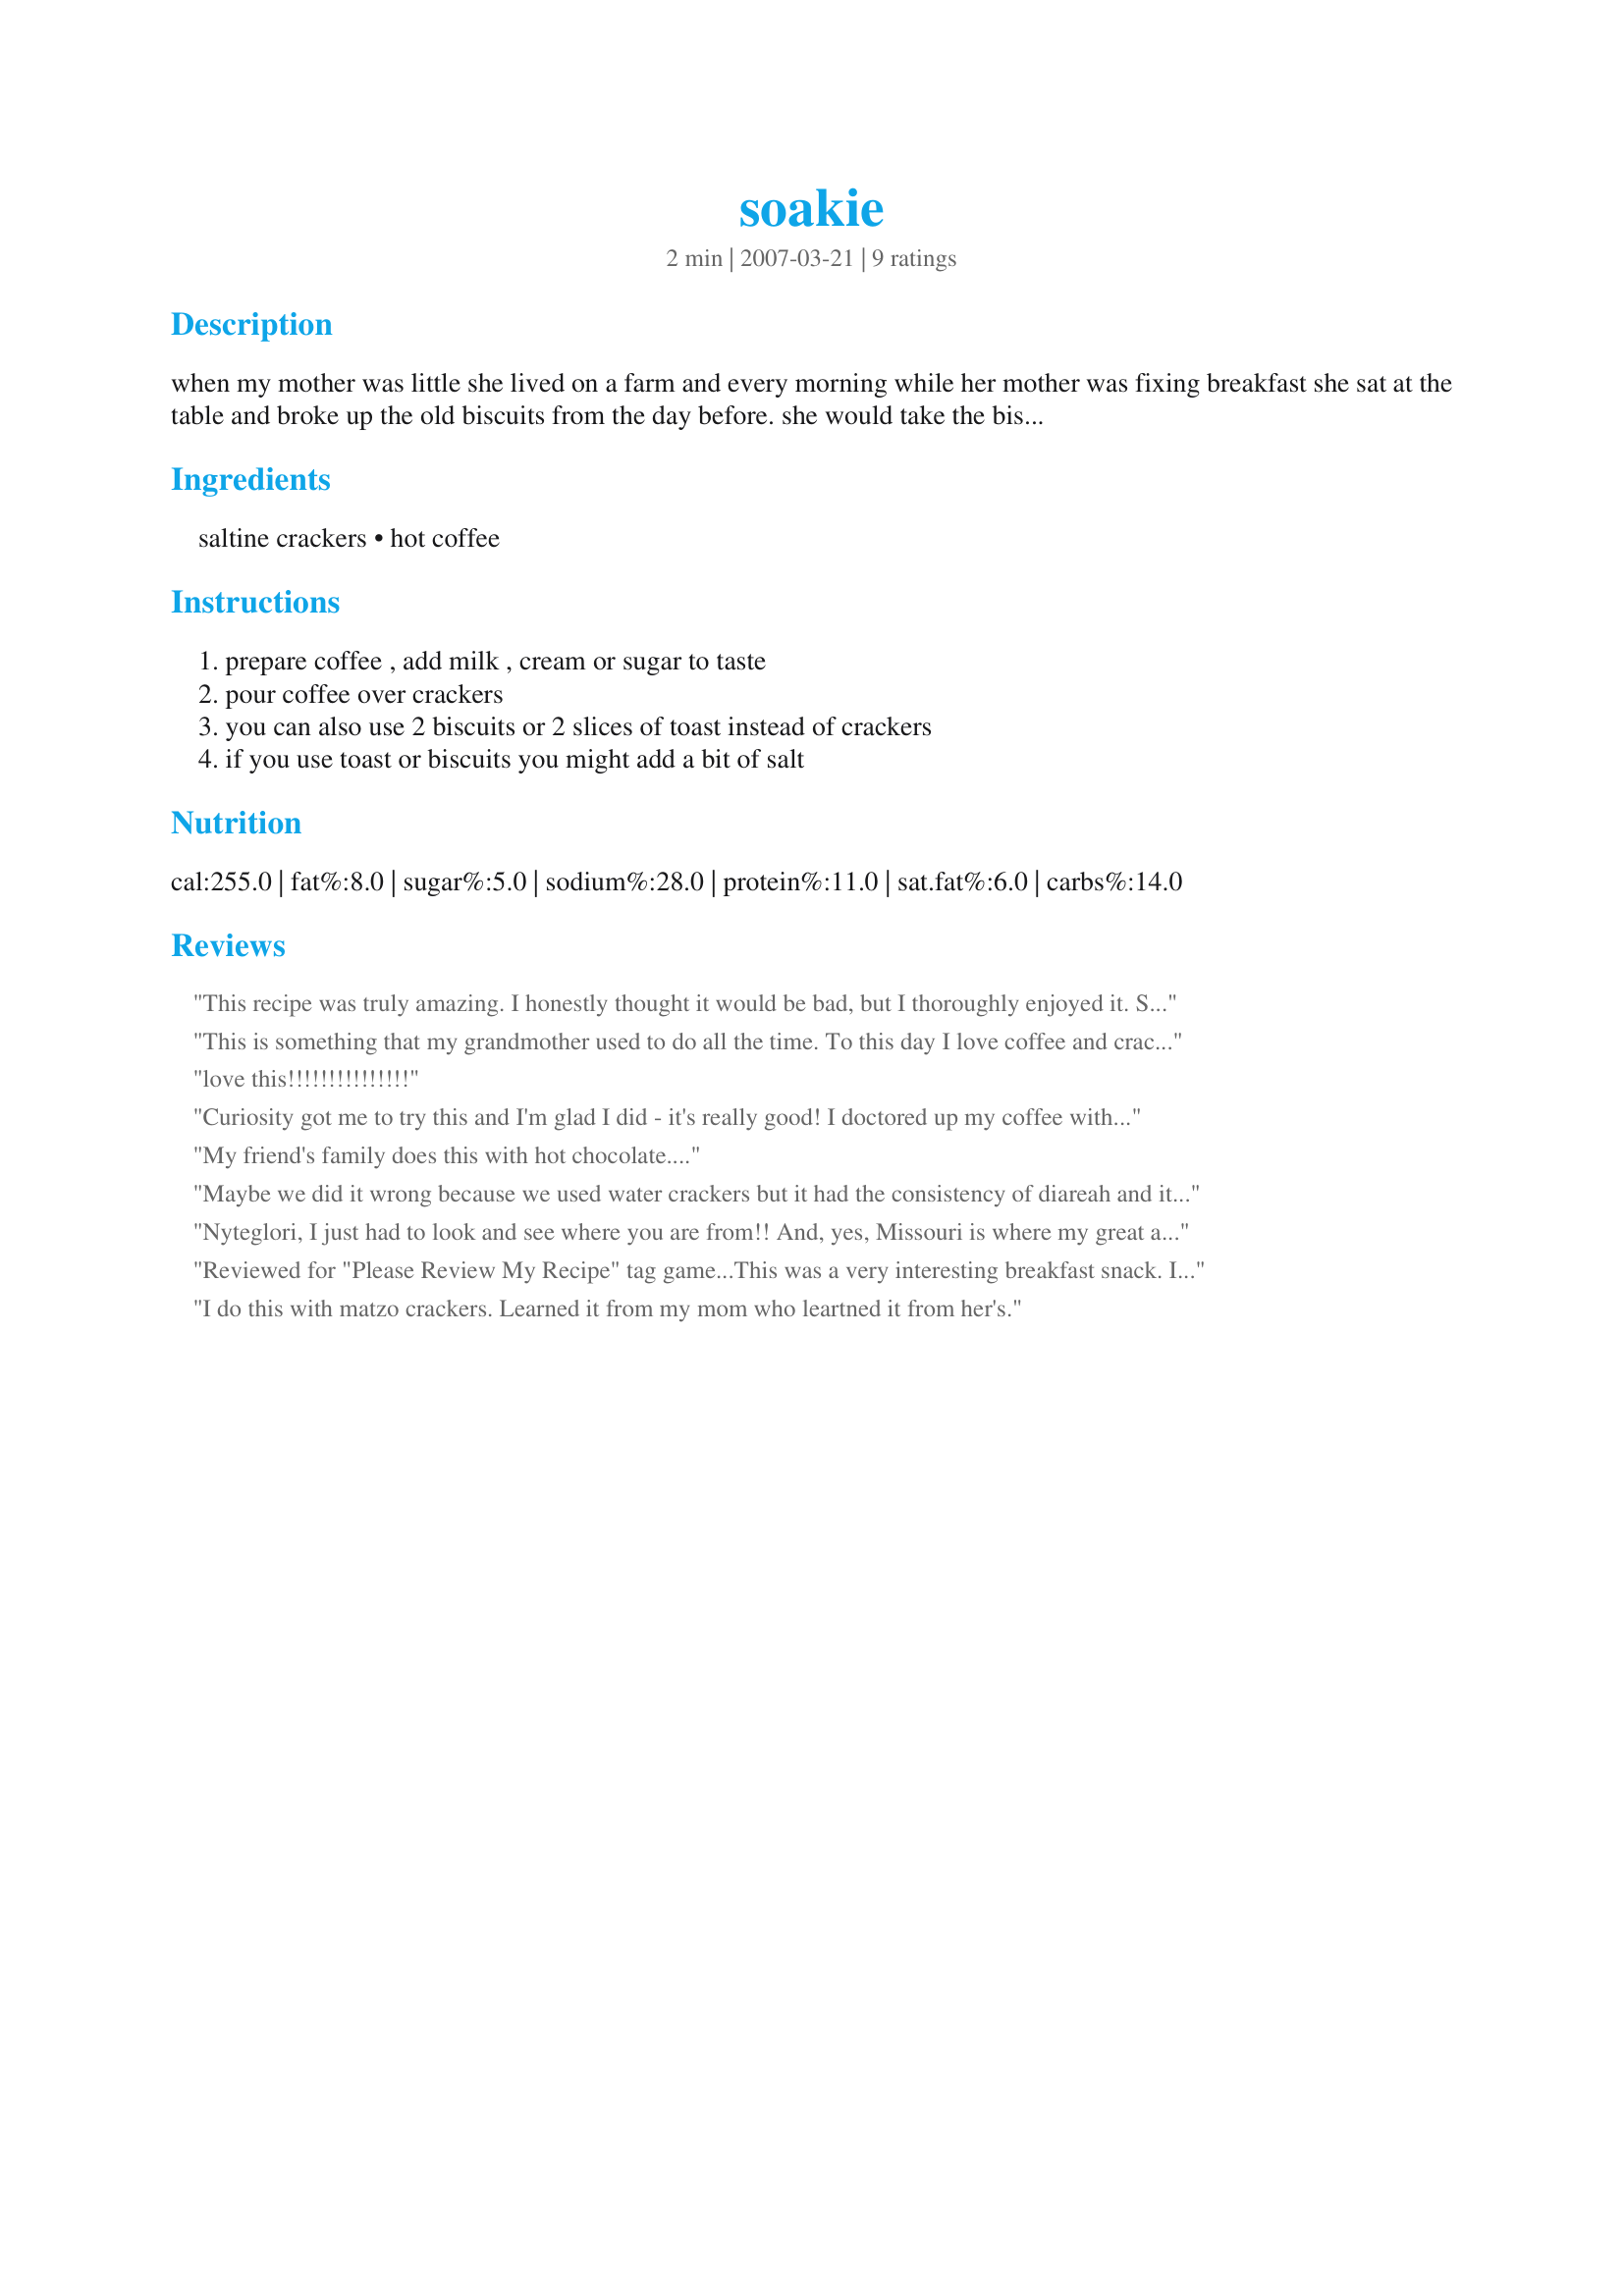
soakie
Preparation time: 2 minutes

when my mother was little she lived on a farm and every morning while her mother was fixing breakfast she sat at the table and broke up the old biscuits from the day before. she would take the biscuit pieces and a thermos of coffee out to her father who would get up early to do the farm work. when they moved to the city they no longer made biscuits every day. this is an adaptation of that recipe. it is a comfort food in my family. coffee has been known to help settle stomaches and is often the only food i can keep down when i have the stomach flu.

Ingredients:
saltine crackers, hot coffee

Steps:
prepare coffee , add milk , cream or sugar to taste, pour coffee over crackers, you can also use 2 biscuits or 2 slices of toast instead of crackers, if you use toast or biscuits you might add a bit of salt

Reviews:
This recipe was truly amazing. I honestly thought it would be bad, but I thoroughly enjoyed it. So much so that my stomach started growling, and that is a good sign. Talk about yummy, black coffee with this is the way to go with this one. I enjoy doing soakies with almost anything, toilet paper isnt as bad as you think when thats all you have to eat. Thank you for the amazing recipe, make sure you put lots of creamer though. With love, Arnold Fandyke
This is something that my grandmother used to do all the time. To this day I love coffee and crackers. We make a cup of coffee and dip the crackers in it until it is the consistency that we want it. My grandmother liked it really soggy. I prefer it with some crunch so I do not dip the entire cracker in it. She started me on it when I was 3 or 4, back then it was milk with just enough coffee to turn the milk a slightly brown. I'm 34 and it's still the best breakfast I could ever ask for.
love this!!!!!!!!!!!!!!!
Curiosity got me to try this and I'm glad I did - it's really good! I doctored up my coffee with splenda and lowfat vanilla creamer. I was afraid it wouldn't be enough for all those crackers but it was just right. When I was young we poured milk over cinnamon toast or sweet biscuits and ate those for breakfast, and this reminded me of those tasty treats. Thanks for sharing the story and this recipe!
My friend's family does this with hot chocolate....
Maybe we did it wrong because we used water crackers but it had the consistency of diareah and it tasted mushy. We added sugar to try to make it better but it gave the diareah consistency the flavor of diareah. Would not make again.
Nyteglori, I just had to look and see where you are from!! And, yes, Missouri is where my great aunt was from that taught me about soakie. She was from Wappapello, MO and she would eat the biscuit and coffee soakie. When my son was a baby, I adapted the recipe for him, graham crackers in milk, he loved his soakie!!! Thanks so much for posting, I love it!!!
Reviewed for "Please Review My Recipe" tag game...This was a very interesting breakfast snack. It took me a few bites to warm up to it, but once I did, I really began to enjoy it. I'm a sucker for recipes with a history behind it, especially when that history includes fond childhood memories. I can picture your dad out working in the cold morning air, grateful for the break to enjoy his "soakie". Thanks for sharing!
I do this with matzo crackers. Learned it from my mom who leartned it from her's.
